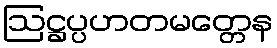
ဩဋ္ဌပ္ပဟတမတ္တေန